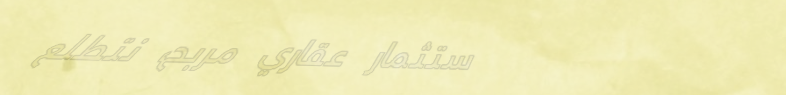
استثمار عقاري مربح، نتطلع